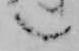
言